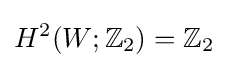
H^{2}(W;\mathbb {Z} _{2})=\mathbb {Z} _{2}